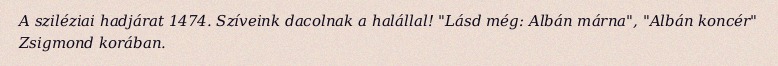
A sziléziai hadjárat 1474. Szíveink dacolnak a halállal! "Lásd még: Albán márna", "Albán koncér" Zsigmond korában.